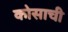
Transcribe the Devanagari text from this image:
कोसाची